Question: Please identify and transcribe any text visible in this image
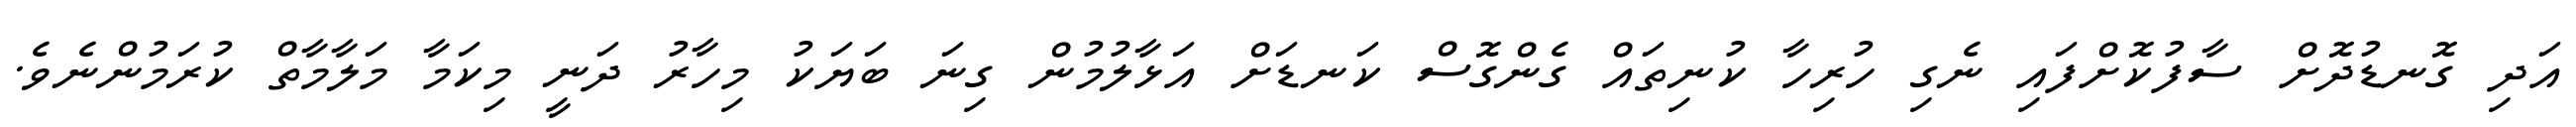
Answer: އަދި ގޮނޑުދޮށް ސާފުކޮށްފައި ނެގި ހުރިހާ ކުނިތައް ގެންގޮސް ކަނޑަށް އަޅާލުމުން ގިނަ ބަޔަކު މިހާރު ދަނީ މިކަމާ މަލާމާތް ކުރަމުންނެވެ.